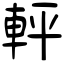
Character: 軯